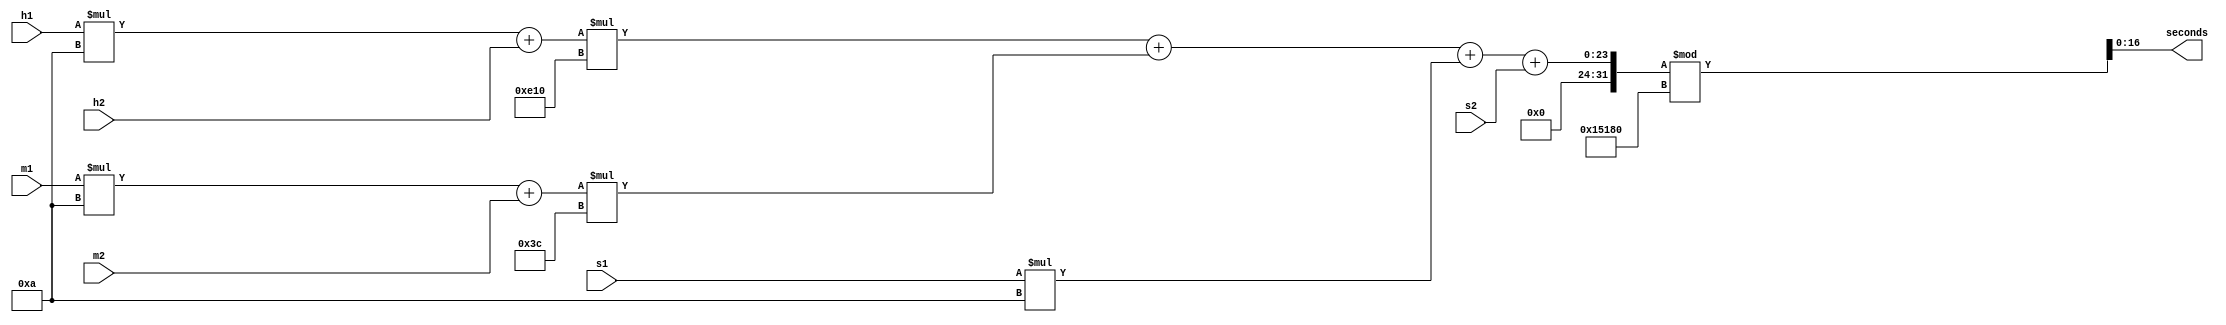
`timescale 1ns / 1ps

// input: 6* 4bit BCD
// output: seconds in decimal [16:0]

module bcd2sec(seconds,h1,h2,m1,m2,s1,s2);
    input [3:0] h1,h2,m1,m2,s1,s2;
    output [16:0] seconds;
    
    assign seconds=((h1*10+h2)*3600+(m1*10+m2)*60+s1*10+s2)%86400;

endmodule